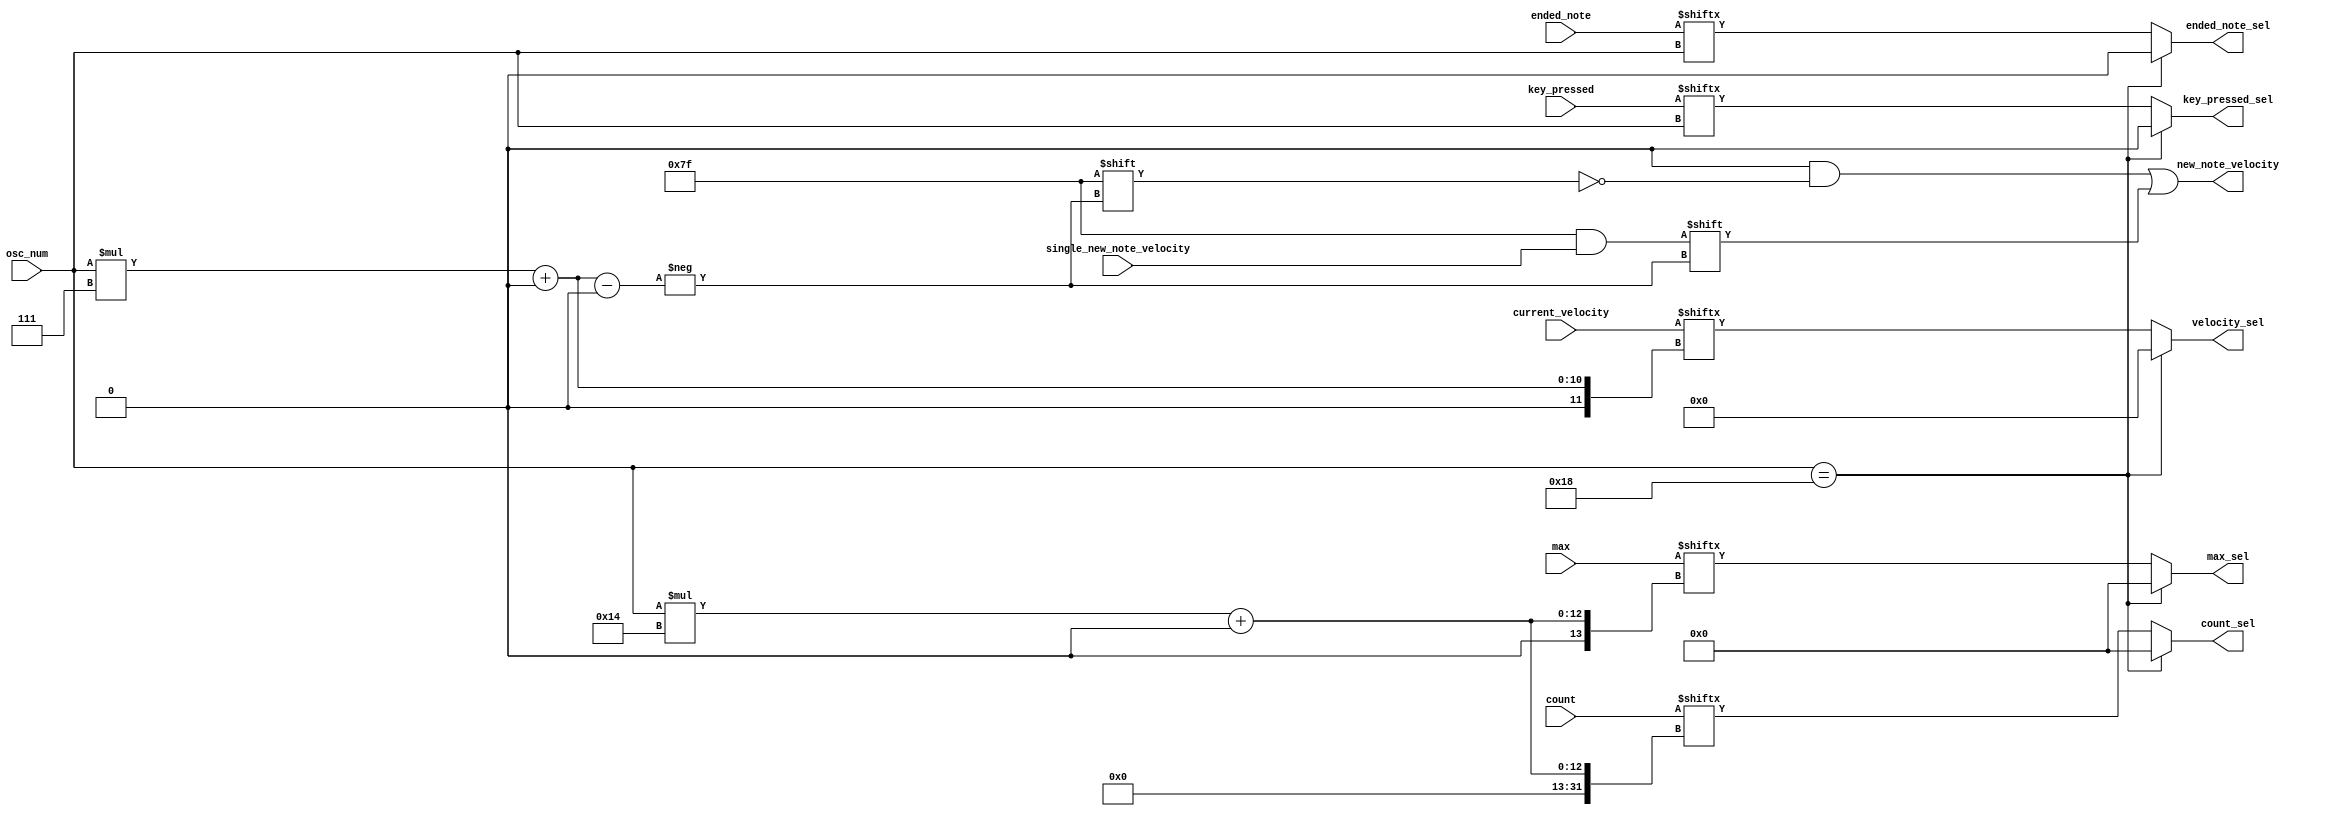
module osc_sel (
	ended_note,
	key_pressed,
	osc_num,
	count,
	max,
	current_velocity,
	single_new_note_velocity,
	count_sel,
	max_sel,
	velocity_sel,
	new_note_velocity,
	ended_note_sel,
	key_pressed_sel
);
	reg _sv2v_0;
	parameter N = 24;
	input wire [N - 1:0] ended_note;
	input wire [N - 1:0] key_pressed;
	input wire [6:0] osc_num;
	input wire [(N * 20) - 1:0] count;
	input wire [(N * 20) - 1:0] max;
	input wire [(N * 7) - 1:0] current_velocity;
	input wire [6:0] single_new_note_velocity;
	output reg [19:0] count_sel;
	output reg [19:0] max_sel;
	output reg [6:0] velocity_sel;
	output reg [(N * 7) - 1:0] new_note_velocity;
	output reg ended_note_sel;
	output reg key_pressed_sel;
	always @(*) begin
		if (_sv2v_0)
			;
		count_sel = count[osc_num * 20+:20];
		max_sel = max[osc_num * 20+:20];
		velocity_sel = (osc_num == N ? 0 : current_velocity[osc_num * 7+:7]);
		ended_note_sel = (osc_num == N ? 0 : ended_note[osc_num]);
		key_pressed_sel = (osc_num == N ? 0 : key_pressed[osc_num]);
		new_note_velocity = 0;
		new_note_velocity[osc_num * 7+:7] = single_new_note_velocity;
		if (osc_num == N) begin
			count_sel = 0;
			max_sel = 0;
		end
	end
	initial _sv2v_0 = 0;
endmodule